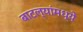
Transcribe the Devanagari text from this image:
बाटल्यांमध्ये